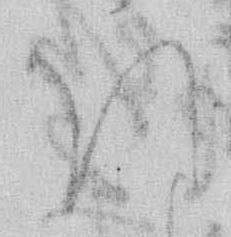
ほ